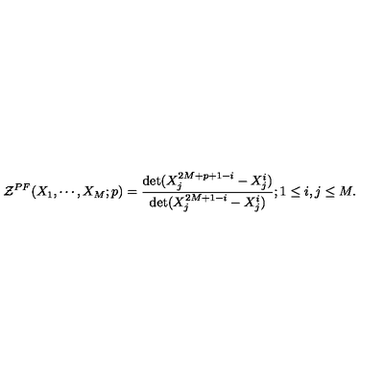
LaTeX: { \cal { Z } } ^ { P F } ( X _ { 1 } , \cdots , X _ { M } ; p ) = { \frac { \det ( X _ { j } ^ { 2 M + p + 1 - i } - X _ { j } ^ { i } ) } { \det ( X _ { j } ^ { 2 M + 1 - i } - X _ { j } ^ { i } ) } } ; 1 \le i , j \le M .